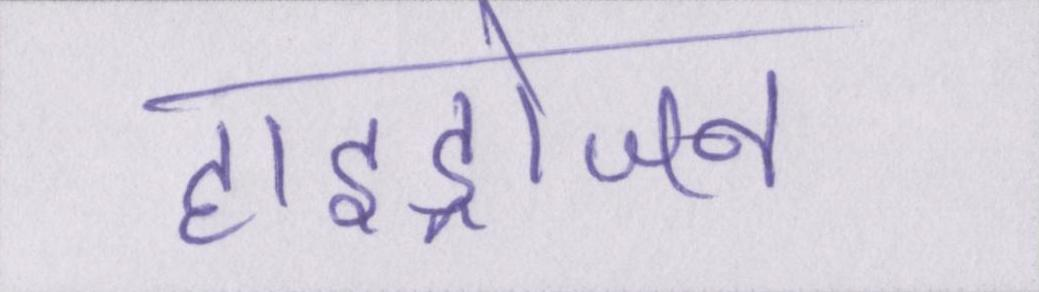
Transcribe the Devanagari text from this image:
हाइड्रोजन